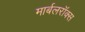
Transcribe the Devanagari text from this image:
मार्बलरॉक्स